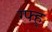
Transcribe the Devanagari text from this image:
ग्फ्ह्